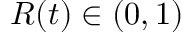
R ( t ) \in ( 0 , 1 )